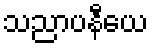
သညာပနီယေ